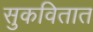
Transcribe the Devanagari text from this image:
सुकवितात